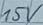
Text: 15V